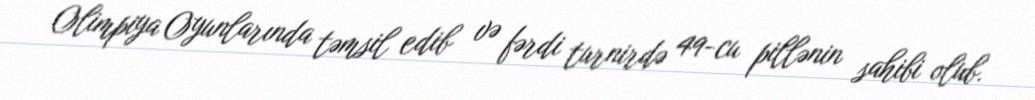
Olimpiya Oyunlarında təmsil edib və fərdi turnirdə 49-cu pillənin sahibi olub.